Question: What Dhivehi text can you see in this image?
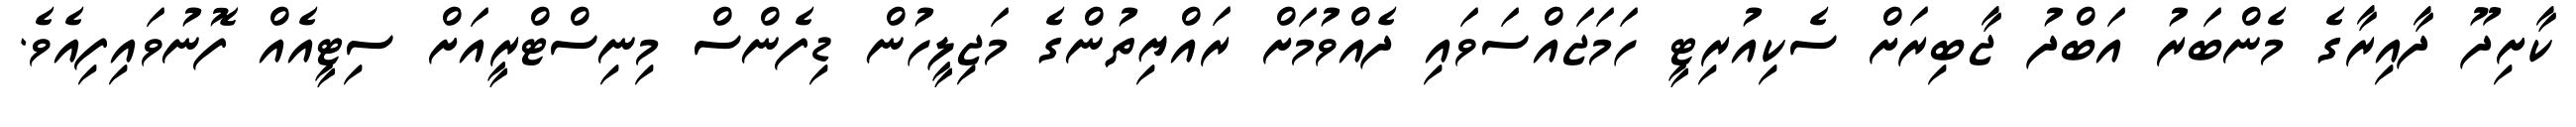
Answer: ކާށިދޫ ދާއިރާގެ މެންބަރު އަބްދު ޖާބިރަށް ސެކިއުރިޓީ ހަމަޖައްސަވައި ދެއްވުމަށް ރައްޔިތުންގެ މަޖިލީހުން ޑިފެންސް މިނިސްޓްރީއަށް ސިޓީއެއް ފޮނުވައިފިއެވެ.